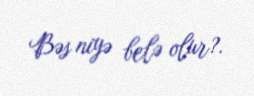
Bəs niyə belə olur?.